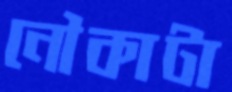
নৌকাটা